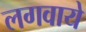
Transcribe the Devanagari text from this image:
लगवाये